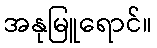
အနုမြူရောင်။